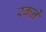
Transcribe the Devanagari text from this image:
रकने